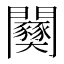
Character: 𫔫